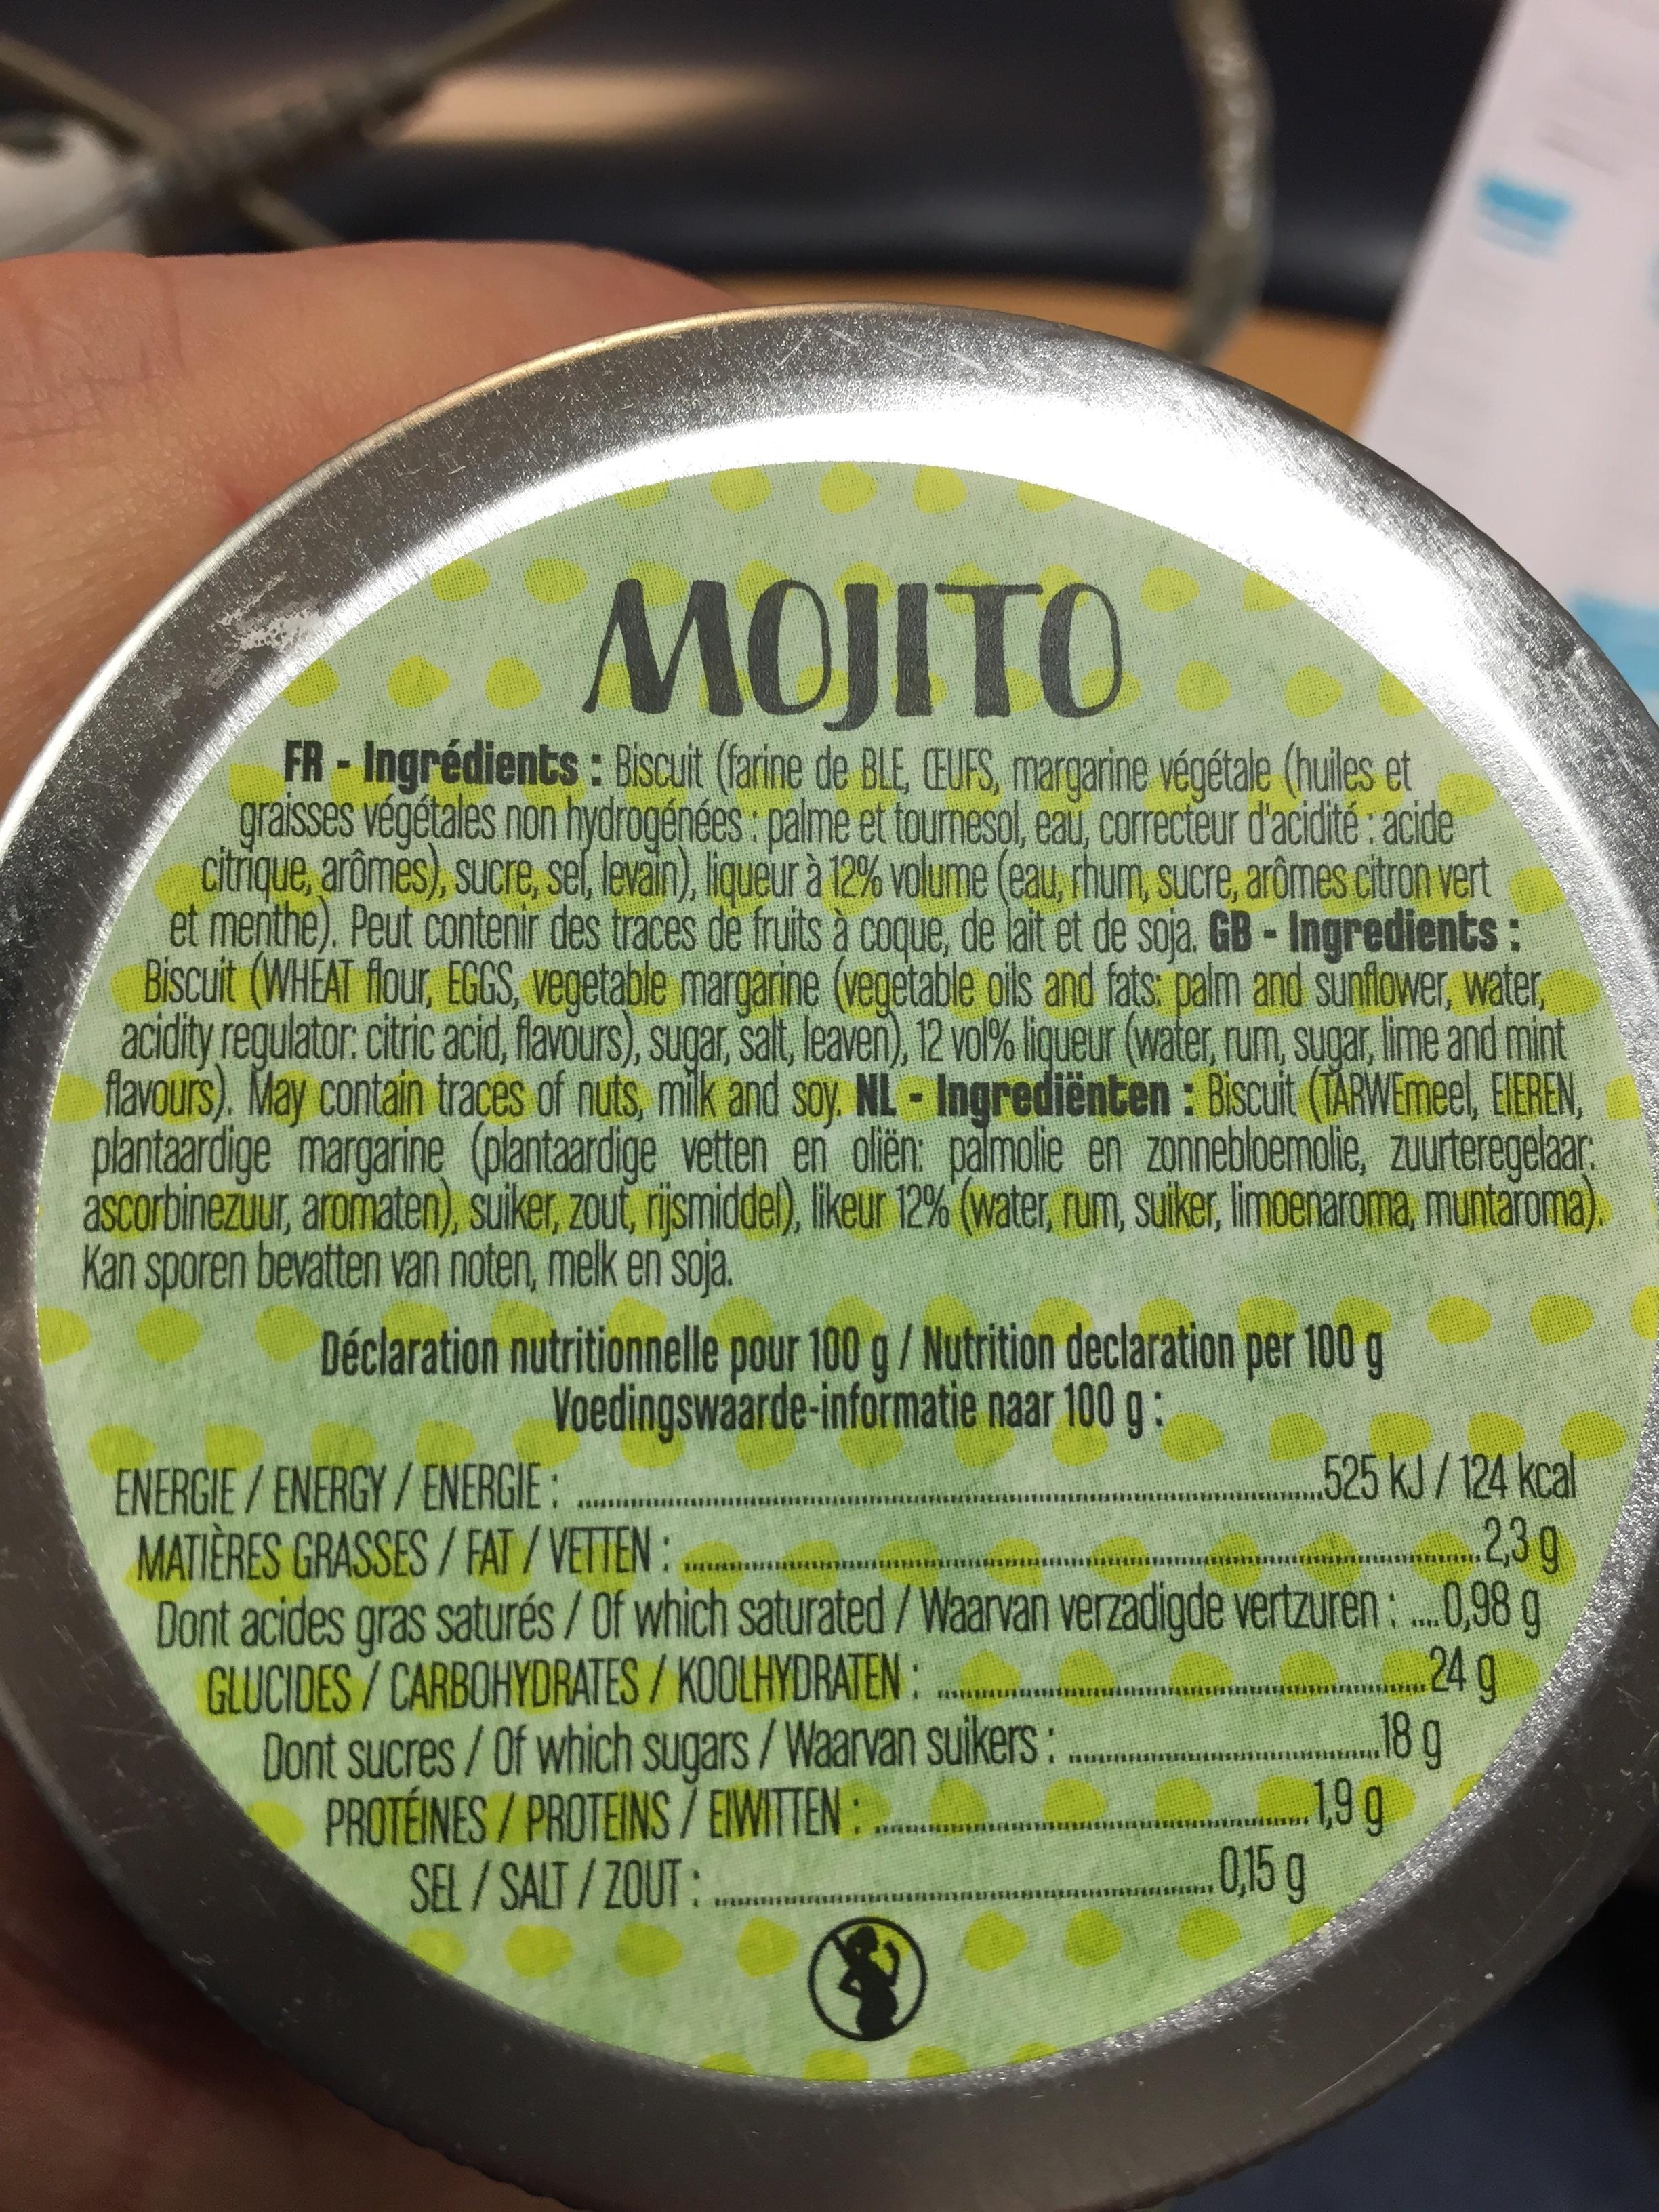
MOJITO
FR-Ingrédients: Biscuit (farine de BLE, CEUFS, margarine végétale (huiles et graisses végétales non hydrogénées: palme et tournesol, eau, correcteur d'acidité: acide citrique, arômes), sucre, sel, levain), liqueur à 12% volume (eau, rhum, sucre, arômes citron vert et menthe). Peut contenir des traces de fruits à coque, de lait et de soja. GB - Ingredients: Biscuit (WHEAT flour, EGGS, vegetable margarine (vegetable oils and fats: palm and sunflower, water, acidity regulator: citric acid, flavours), sugar, salt, leaven), 12 vol% liqueur (water, rum, sugar, lime and mint flavours). May contain traces of nuts, milk and soy. NL-Ingrediënten: Biscuit (TARWEmeel, EIEREN, plantaardige margarine (plantaardige vetten en oliën: palmolie en zonnebloemolie, zuurteregelaar ascorbinezuur, aromaten), suiker, zout, rijsmiddel), likeur 12% (water, rum, suiker, limoenaroma, muntaroma). Kan sporen bevatten van noten, melk en soja.
Déclaration nutritionnelle pour 100 g / Nutrition declaration per 100 g Voedingswaarde-informatie naar 100 g
ENERGIE/ENERGY/ENERGIE:....
525 kJ/124 kcal
MATIÈRES GRASSES/FAT/VETTEN:
2,3g
Dont acides gras saturés / Of which saturated / Waarvan verzadigde vertzuren:...0,98 g GLUCIDES/CARBOHYDRATES / KOOLHYDRATEN:
********
Dont sucres/Of which sugars/aran..................... PROTÉINES / PROTEINS / EIWITTEN:
SEL/SALT/ZOUT:
******
#FISI1*
Fisistis
1,9 g
0,15 g
***
24 g
ISTIRE
18 g